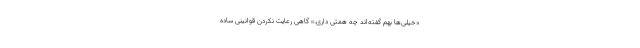
«خیلی‌ها بهم گفته‌اند چه همتی داری.» گاهی رعایت نکردن قوانینی ساده‌